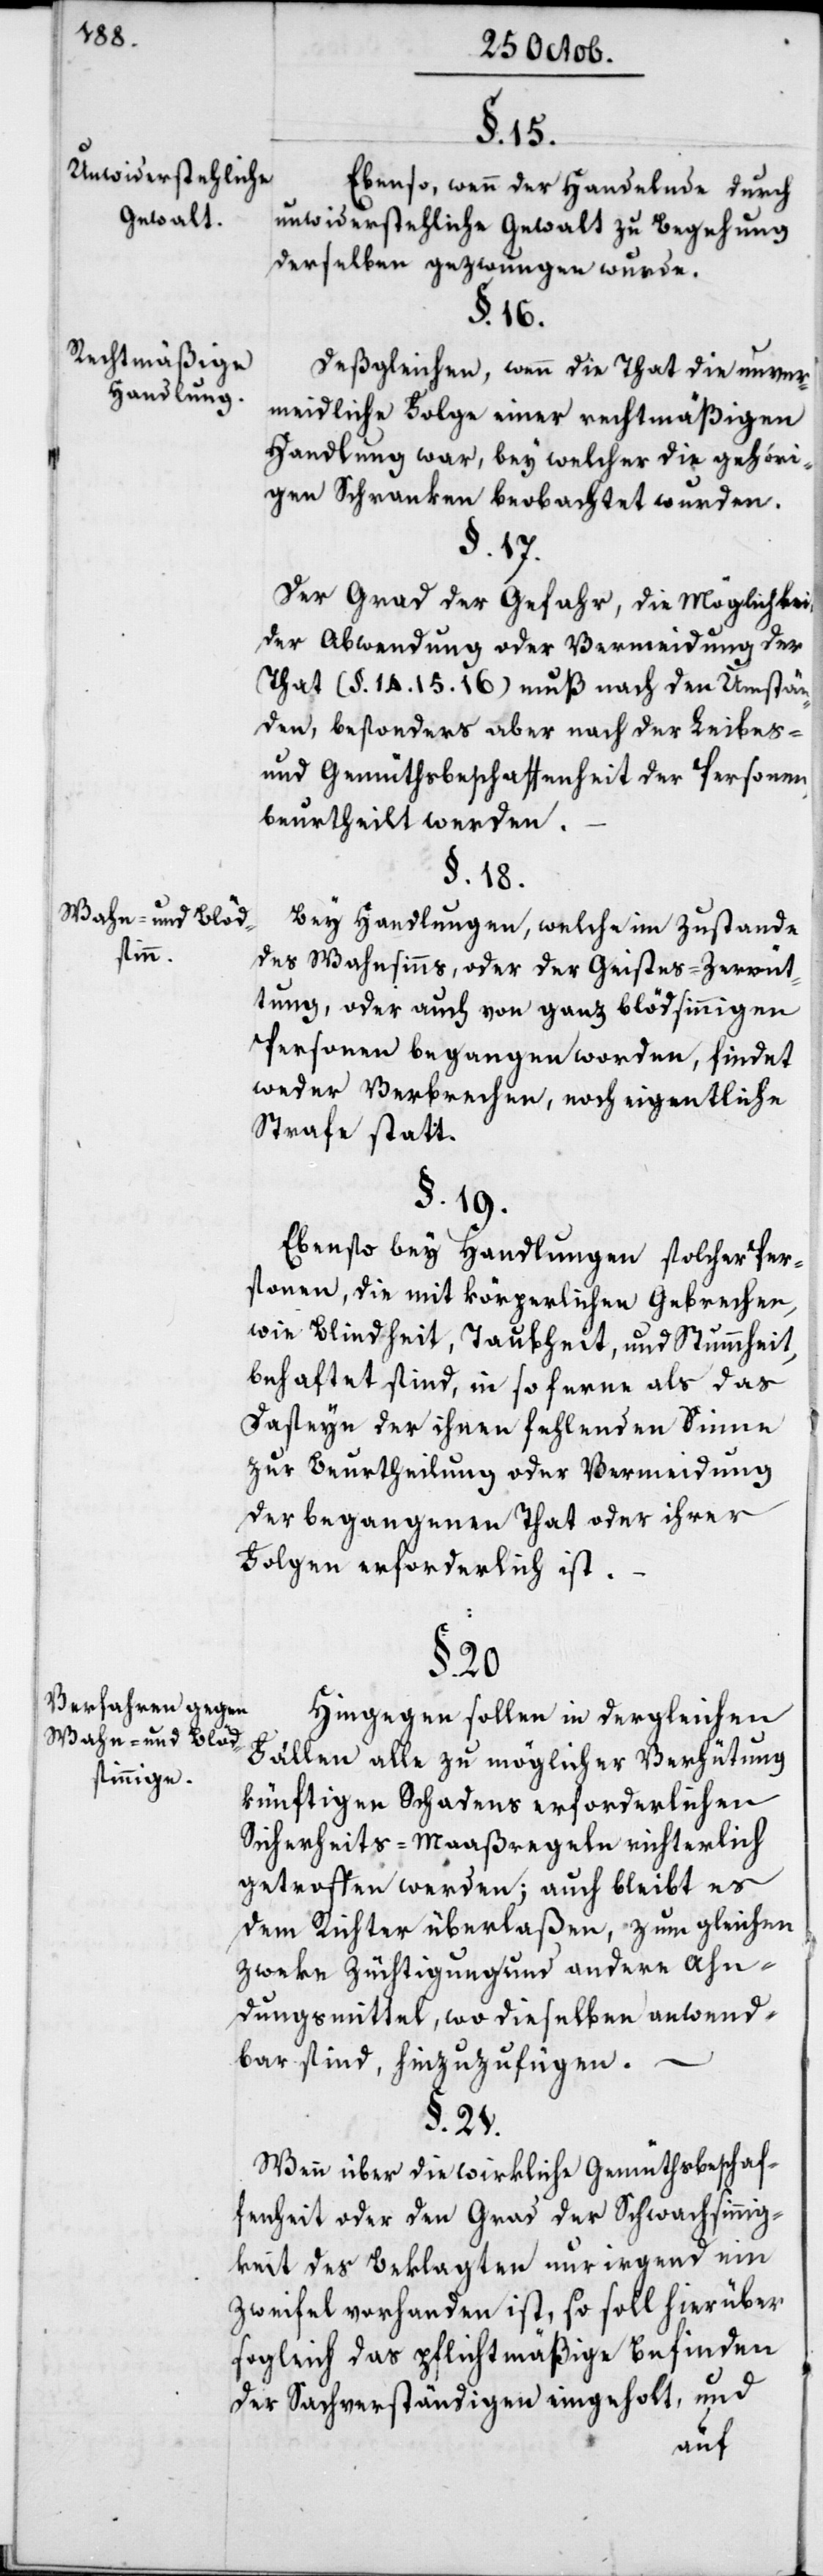
Unwiderstehliche
Gewalt.
Rechtmäßige
Handlung.
Wahn- und Blöd¬
sinn.
Verfahren gegen
Wahn- und Blöd¬
sinnige.

§. 18.
Ebenso, wenn der Handelnde durch
unwiderstehliche Gewalt zu Begehung
derselben gezwungen wurde.
§. 16.
Desgleichen, wenn die That die unver¬
meidliche Folge einer rechtmäßigen
Handlung war, bey welcher die gehöri¬
gen Schranken beobachtet wurden.
§. 17.
Der Grad der Gefahr, die Möglichkeit
der Abwendung oder Vermeidung der
That (§. §. 14. 15. 16) muß nach den Umstän¬
den, besonders aber nach der Leibes-
und Gemüthsbeschaffenheit der Personen
beurtheilt werden.
Bei Handlungen, welche im Zustande
des Wahnsinns oder der Geistes-Zerrüt¬
tung, oder auch von ganz blödsinnigen
Personen begangen worden, findet
weder Verbrechen noch eigentliche
Strafe statt.
§. 19.
Ebenso bey Handlungen solcher Per¬
sonen, die mit körperlichen Gebrechen,
wie Blindheit, Taubheit und Stummheit
behaftet sind, in so ferne als das
Daseyn der ihnen fehlenden Sinne
zur Beurtheilung oder Vermeidung
der begangenen That oder ihrer
Folgen erforderlich ist.
§. 20.
Hingegen sollen in dergleichen
Fällen alle zu möglicher Verhütung
künftigen Schadens erforderlichen
Sicherheits-Maaßregeln richterlich
getroffen werden; auch bleibt es
dem Richter überlaßen, zum gleichen
Zweke Züchtigung und andere Ahn¬
dungsmittel, wo dieselben anwend¬
bar sind, hinzuzufügen. –
§. 21.
Wenn über die wirkliche Gemüthsbeschaf¬
fenheit oder den Grad der Schwachsinnig¬
keit des Beklagten nur irgend ein
Zweifel vorhanden ist, so soll hierüber
sogleich das pflichtmäßige Befinden
der Sachverständigen eingeholt, und